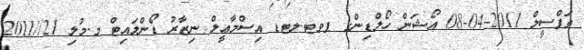
ތަފްސީލް 2011-04-08 އޯޝަން ހޯލްޑިންގ ޕވޓ.ލޓޑ އިސްމާޢީލް ނިޒާރު ޑޯންލައިޓް މ.މުލި 21//2011